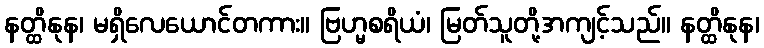
နတ္ထိနုန၊ မရှိလေယောင်တကား။ ဗြဟ္မစရိယံ၊ မြတ်သူတို့အကျင့်သည်။ နတ္ထိနုန၊